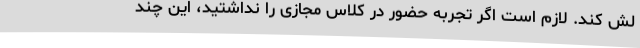
لش کند. لازم است اگر تجربه حضور در کلاس مجازی را نداشتید، این چند